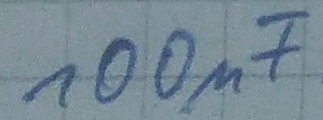
Text: 100µF